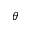
\theta